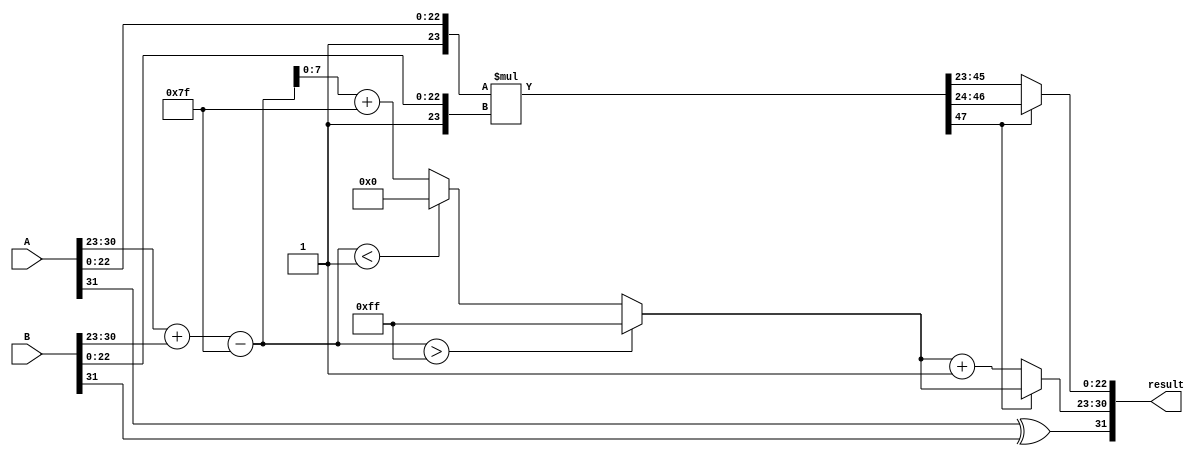
module fp_multiplier (
    input  wire [31:0] A, // First floating-point number
    input  wire [31:0] B, // Second floating-point number
    output wire [31:0] result // Result of multiplication
);

    // Extract sign, exponent, and mantissa
    wire sign_A = A[31];
    wire sign_B = B[31];
    wire [7:0] exponent_A = A[30:23];
    wire [7:0] exponent_B = B[30:23];
    wire [22:0] mantissa_A = A[22:0];
    wire [22:0] mantissa_B = B[22:0];

    // Bias for single precision
    localparam BIAS = 8'd127;
    
    // Result sign
    wire result_sign = sign_A ^ sign_B;

    // Exponent calculation
    wire [8:0] exponent_sum = {1'b0, exponent_A} + {1'b0, exponent_B} - BIAS;
    wire [7:0] result_exponent = (exponent_sum > 8'd255) ? 8'd255 : (exponent_sum < 9'd1) ? 8'd0 : (exponent_sum[7:0] + BIAS);

    // Mantissa calculation including implicit leading 1
    wire [23:0] mantissa_A_normalized = {1'b1, mantissa_A}; // Normalize A
    wire [23:0] mantissa_B_normalized = {1'b1, mantissa_B}; // Normalize B
    wire [47:0] mantissa_product = mantissa_A_normalized * mantissa_B_normalized; // 24 * 24 = 48 bits

    // Normalization of the mantissa product
    wire [23:0] result_mantissa;
    wire [7:0] adjusted_exponent;

    // Check if mantissa_product is normalized
    wire is_normalized = mantissa_product[47]; // Check if the leading bit is 1

    assign result_mantissa = is_normalized ? mantissa_product[46:24] : mantissa_product[45:23]; // Shift right if not normalized
    assign adjusted_exponent = is_normalized ? result_exponent : result_exponent + 1; // Increment exponent if shifted

    // Final result assembly
    assign result = {result_sign, adjusted_exponent, result_mantissa[22:0]};

endmodule